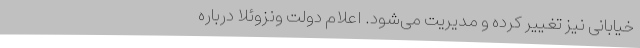
خیابانی نیز تغییر کرده و مدیریت می‌شود. اعلام دولت ونزوئلا درباره